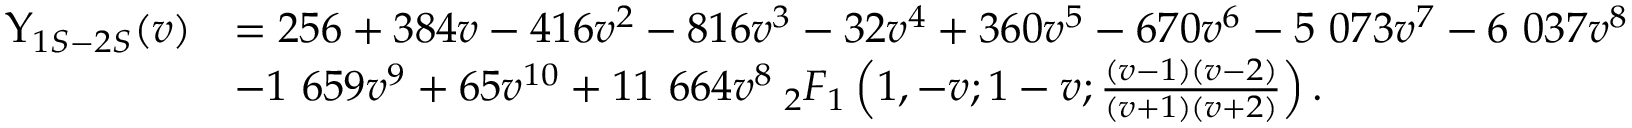
\begin{array} { r l } { \Upsilon _ { 1 S - 2 S } ( v ) } & { = 2 5 6 + 3 8 4 v - 4 1 6 v ^ { 2 } - 8 1 6 v ^ { 3 } - 3 2 v ^ { 4 } + 3 6 0 v ^ { 5 } - 6 7 0 v ^ { 6 } - 5 ~ 0 7 3 v ^ { 7 } - 6 ~ 0 3 7 v ^ { 8 } } \\ & { - 1 ~ 6 5 9 v ^ { 9 } + 6 5 v ^ { 1 0 } + 1 1 ~ 6 6 4 v ^ { 8 } \: _ { 2 } F _ { 1 } \left( 1 , - v ; 1 - v ; \frac { ( v - 1 ) ( v - 2 ) } { ( v + 1 ) ( v + 2 ) } \right) . } \end{array}